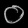
Digit: ၀